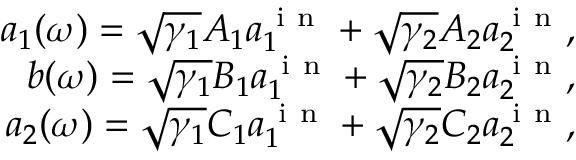
\begin{array} { r } { a _ { 1 } ( \omega ) = \sqrt { \gamma _ { 1 } } A _ { 1 } a _ { 1 } ^ { \mathrm { ~ i ~ n ~ } } + \sqrt { \gamma _ { 2 } } A _ { 2 } a _ { 2 } ^ { \mathrm { ~ i ~ n ~ } } , } \\ { b ( \omega ) = \sqrt { \gamma _ { 1 } } B _ { 1 } a _ { 1 } ^ { \mathrm { ~ i ~ n ~ } } + \sqrt { \gamma _ { 2 } } B _ { 2 } a _ { 2 } ^ { \mathrm { ~ i ~ n ~ } } , } \\ { a _ { 2 } ( \omega ) = \sqrt { \gamma _ { 1 } } C _ { 1 } a _ { 1 } ^ { \mathrm { ~ i ~ n ~ } } + \sqrt { \gamma _ { 2 } } C _ { 2 } a _ { 2 } ^ { \mathrm { ~ i ~ n ~ } } , } \end{array}